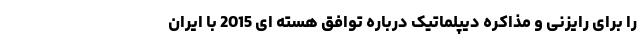
را برای رایزنی و مذاکره دیپلماتیک درباره توافق هسته ای 2015 با ایران